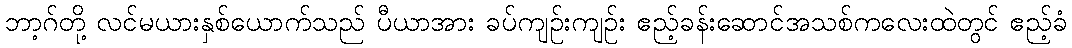
ဘာ့ဂ်တို့ လင်မယားနှစ်ယောက်သည် ပီယာအား ခပ်ကျဉ်းကျဉ်း ဧည့်ခန်းဆောင်အသစ်ကလေးထဲတွင် ဧည့်ခံ